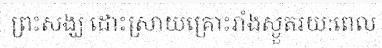
ព្រះសង្ឃ ដោះស្រាយគ្រោះរាំងស្ងួតរយ:ពេល